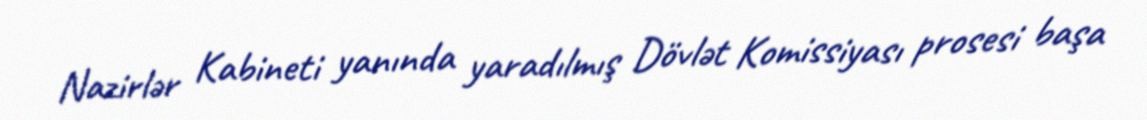
Nazirlər Kabineti yanında yaradılmış Dövlət Komissiyası prosesi başa